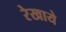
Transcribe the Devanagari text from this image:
रेखाये